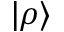
| \rho \rangle